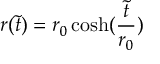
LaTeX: r ( \tilde { t } ) = r _ { 0 } \cosh ( \frac { \tilde { t } } { r _ { 0 } } )